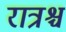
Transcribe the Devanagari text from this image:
रात्रश्च